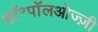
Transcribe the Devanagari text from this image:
डॉ॰पॉलओज्ज़ी